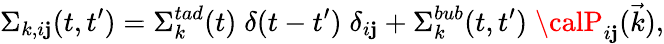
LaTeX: \Sigma_{k,i\mathbf{j}}(t,t^{\prime})=\Sigma_{k}^{tad}(t)\; \delta(t-t^{\prime})\; \delta_{i\mathbf{j}}+\Sigma_{k}^{bub}(t,t^{\prime})\; {\calP}_{i\mathbf{j}}(\vec{{k}}),